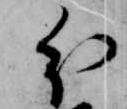
分